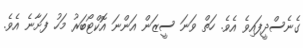
ގެނެސްދީފައިވެ އެވެ. ހަތް ވަނަ ސީޒަން އަންނަ އޮކްޓޯބަރު މަހު ފަށާނެ އެވެ.